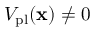
V _ { \mathrm { p l } } ( \mathbf { x } ) \neq 0